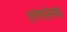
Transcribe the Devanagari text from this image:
तरंगलेल्या